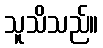
သူသိသည်။